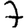
Digit: 7